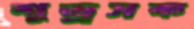
শুভ্রসক